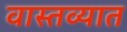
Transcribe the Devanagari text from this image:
वास्‍तव्‍यात